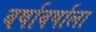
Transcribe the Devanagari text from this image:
वर्षावर्षाला